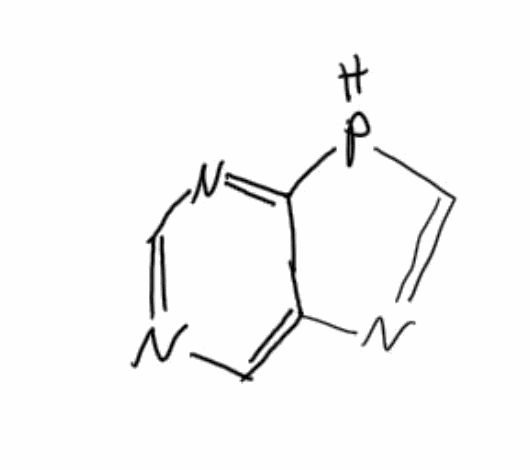
Simplified molecular-input line-entry system (SMILES) notation of the given molecule:
C1=C2C(=NC=N1)PC=N2